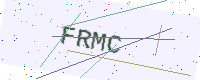
Text: FRMC